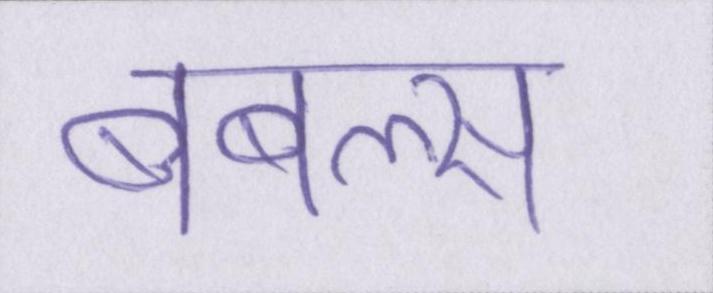
बबल्स